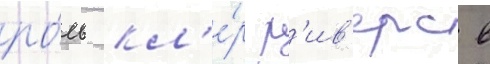
ро́ль кл'е́р р'ив'ерс в